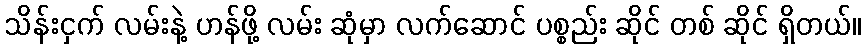
သိန်းငှက် လမ်းနဲ့ ဟန်ဖို့ လမ်း ဆုံမှာ လက်ဆောင် ပစ္စည်း ဆိုင် တစ် ဆိုင် ရှိတယ်။